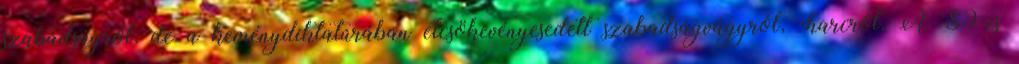
szabadságról, de a keménydiktatúrában elcsökevényesedett szabadságvágyról, -harcról. A ’89-es